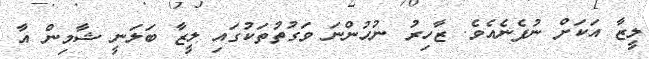
ލީޒާ އަކަށް ނުފެނެއެވެ. ޒާހިރު ނުހުންނަ ވަގުތުތަކުގައި ލީޒާ ބަލަނީ ޝާމިން އާ